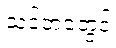
သင့်ဘဝတွင်